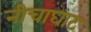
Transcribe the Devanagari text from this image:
नीचाघाट